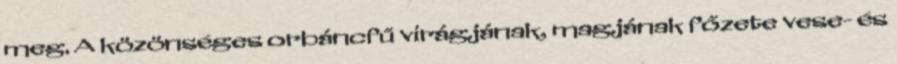
meg. A közönséges orbáncfű virágjának, magjának főzete vese- és